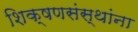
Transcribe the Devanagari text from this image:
शिक्षणसंस्थांना